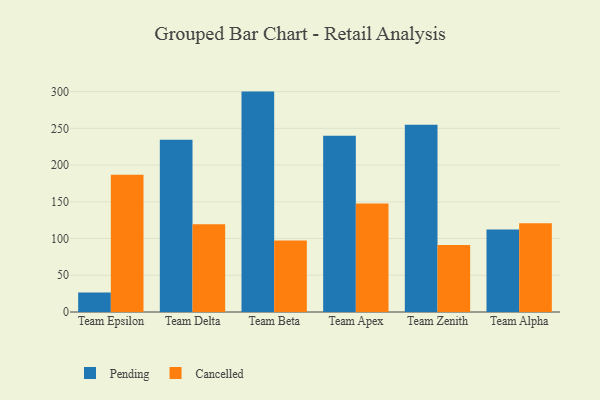
{"axis": {"x": "Team", "y": "LTV (USD)"}, "legend": ["Cancelled", "Pending"], "data": [{"x": "Team Epsilon", "y": 26.4, "type": "Pending"}, {"x": "Team Epsilon", "y": 186.7, "type": "Cancelled"}, {"x": "Team Delta", "y": 234.4, "type": "Pending"}, {"x": "Team Delta", "y": 119.4, "type": "Cancelled"}, {"x": "Team Beta", "y": 300.0, "type": "Pending"}, {"x": "Team Beta", "y": 97.3, "type": "Cancelled"}, {"x": "Team Apex", "y": 239.9, "type": "Pending"}, {"x": "Team Apex", "y": 147.6, "type": "Cancelled"}, {"x": "Team Zenith", "y": 254.8, "type": "Pending"}, {"x": "Team Zenith", "y": 91.3, "type": "Cancelled"}, {"x": "Team Alpha", "y": 112.3, "type": "Pending"}, {"x": "Team Alpha", "y": 120.9, "type": "Cancelled"}]}